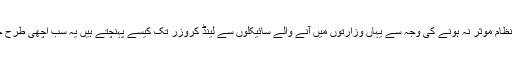
احتساب کا نظام موثر نہ ہونے کی وجہ سے یہاں وزارتوں میں آنے والے سائیکلوں سے لینڈ کروزر تک کیسے پہنچتے ہیں یہ سب اچھی طرح جانتے ہیں ۔